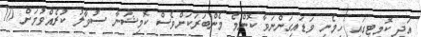
އަދި ކޮމިޓީގައި ހިމެނި ވަޑައިގަންނަވާ ކޮންމެ މެންބަރަކަށްވެސް ކޮމިޝަނާ ސުވާލު ކުރެއްވުމަށް 10